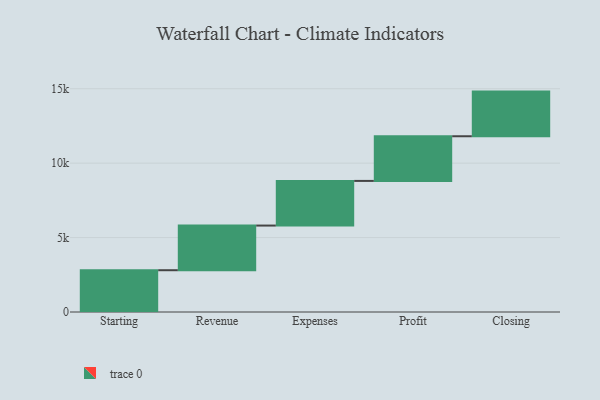
{"axis": {"x": "Step", "y": "Value"}, "legend": [""], "data": [{"x": "Starting", "y": 2807.0, "type": ""}, {"x": "Revenue", "y": 3000, "type": ""}, {"x": "Expenses", "y": 3000, "type": ""}, {"x": "Profit", "y": 3000, "type": ""}, {"x": "Closing", "y": 3000, "type": ""}]}